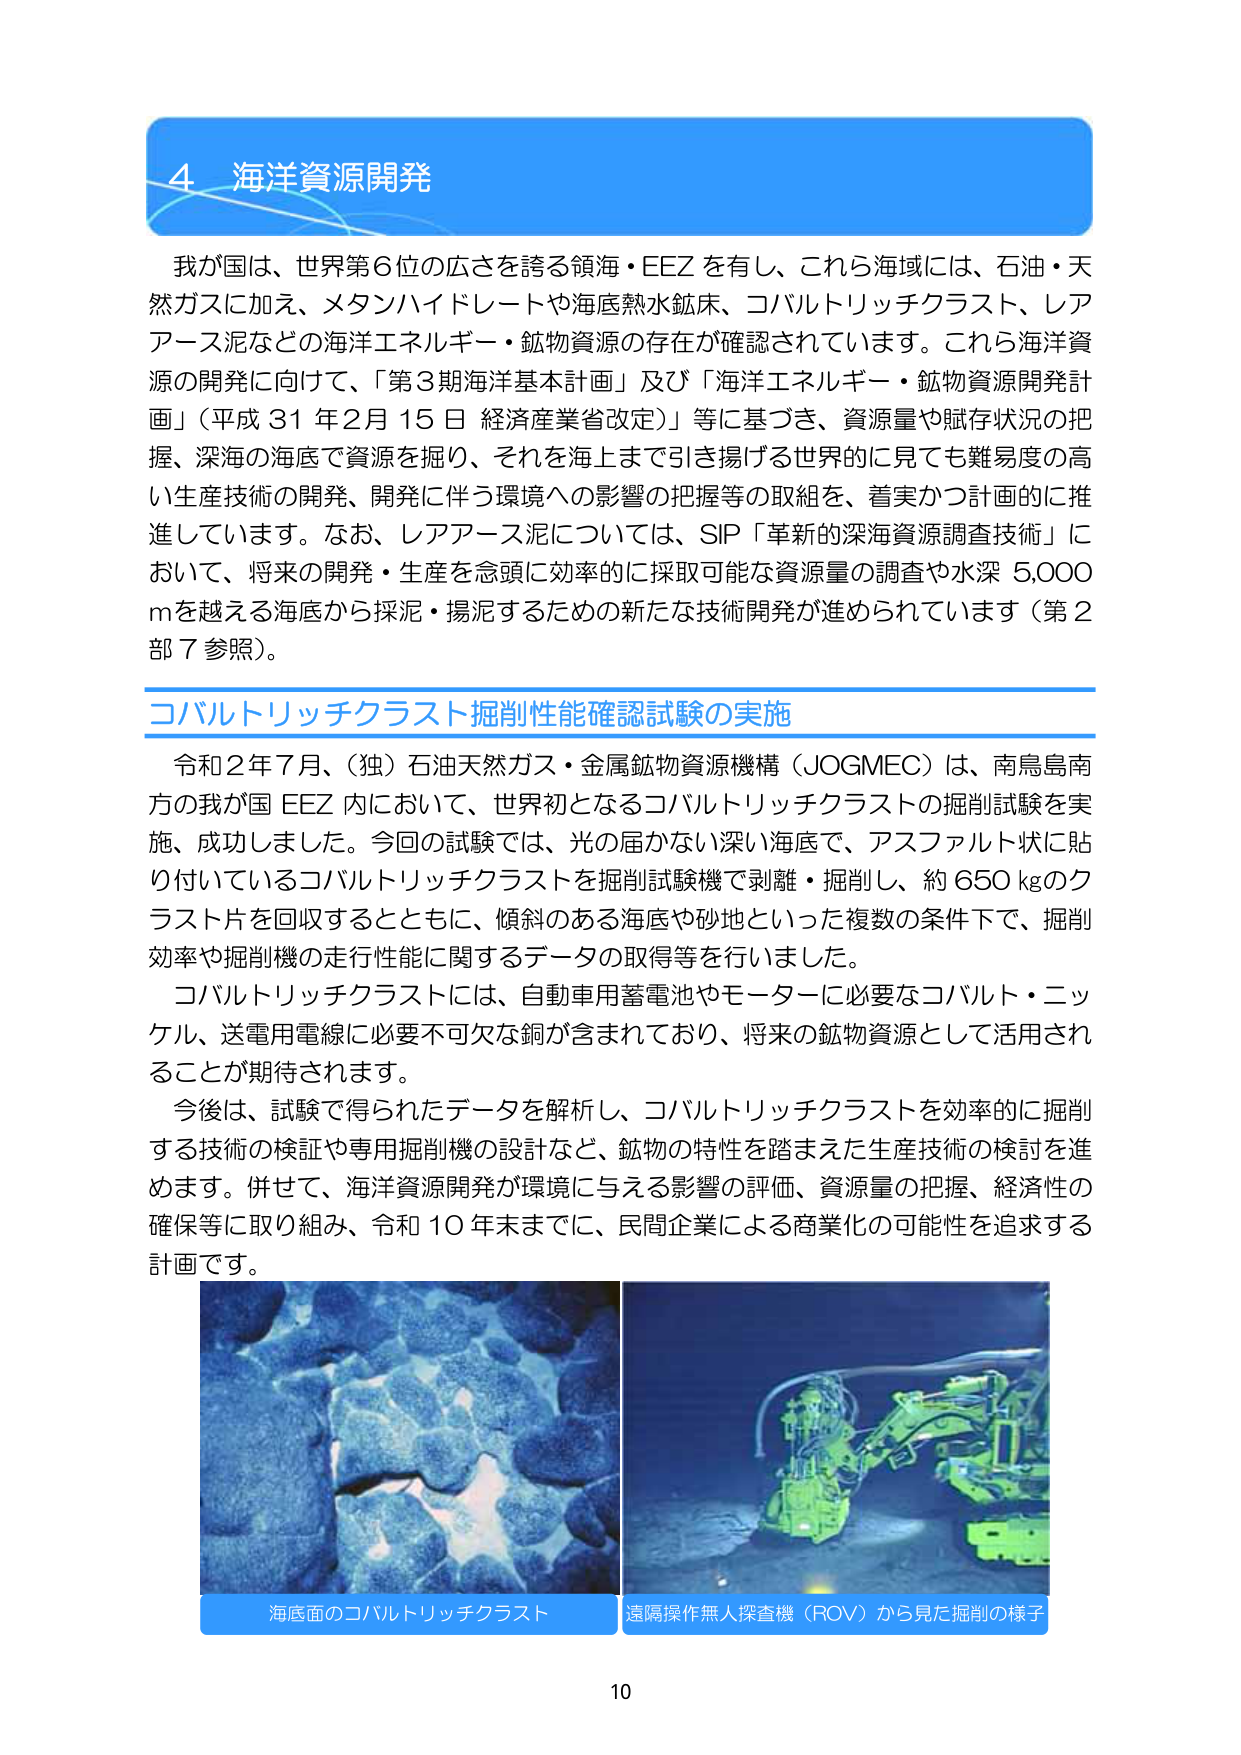
4 海洋資源開発

我が国は、世界第6位の広さを誇る領海・EEZを有し、これら海域には、石油・天然ガスに加え、メタンハイドレートや海底熱水鉱床、コバルトリッチクラスト、レアアース泥などの海洋エネルギー・鉱物資源の存在が確認されています。これら海洋資源の開発に向けて、「第3期海洋基本計画」及び「海洋エネルギー・鉱物資源開発計画」（平成31年2月15日 経済産業省改定）等に基づき、資源量や賦存状況の把握、深海の海底で資源を掘り、それを海上まで引き揚げる世界的に見ても難易度の高い生産技術の開発、開発に伴う環境への影響の把握等の取組を、着実かつ計画的に推進しています。なお、レアアース泥については、SIP「革新的深海資源調査技術」において、将来の開発・生産を念頭に効率的に採取可能な資源量の調査や水深5,000mを越える海底から採泥・揚泥するための新たな技術開発が進められています（第2部7参照）。

コバルトリッチクラスト掘削性能確認試験の実施

令和2年7月、（独）石油天然ガス・金属鉱物資源機構（JOGMEC）は、南鳥島南方の我が国EEZ内において、世界初となるコバルトリッチクラストの掘削試験を実施、成功しました。今回の試験では、光の届かない深い海底で、アスファルト状に貼り付いているコバルトリッチクラストを掘削試験機で剥離・掘削し、約650kgのクラスト片を回収するとともに、傾斜のある海底や砂地といった複数の条件下で、掘削効率や掘削機の走行性能に関するデータの取得等を行いました。

コバルトリッチクラストには、自動車用蓄電池やモーターに必要なコバルト・ニッケル、送電用電線に必要不可欠な銅が含まれており、将来の鉱物資源として活用されることが期待されます。

今後は、試験で得られたデータを解析し、コバルトリッチクラストを効率的に掘削する技術の検証や専用掘削機の設計など、鉱物の特性を踏まえた生産技術の検討を進めます。併せて、海洋資源開発が環境に与える影響の評価、資源量の把握、経済性の確保等に取り組み、令和10年までに、民間企業による商業化の可能性を追求する計画です。

海底面のコバルトリッチクラスト
遠隔操作無人探査機（ROV）から見た掘削の様子

10